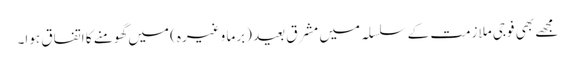
مجھے بھی فوجی ملازمت کے سلسلہ میں مشرقِ بعید (برما وغیرہ) میں گھومنے کا اتفاق ہوا۔